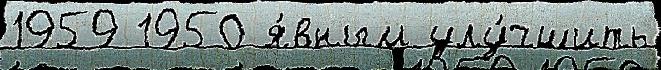
1959 1950 я́вным улу́чшить